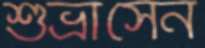
শুভ্রাসেন